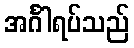
အင်္ဂါရပ်သည်